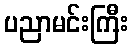
ပညာမင်းကြီး